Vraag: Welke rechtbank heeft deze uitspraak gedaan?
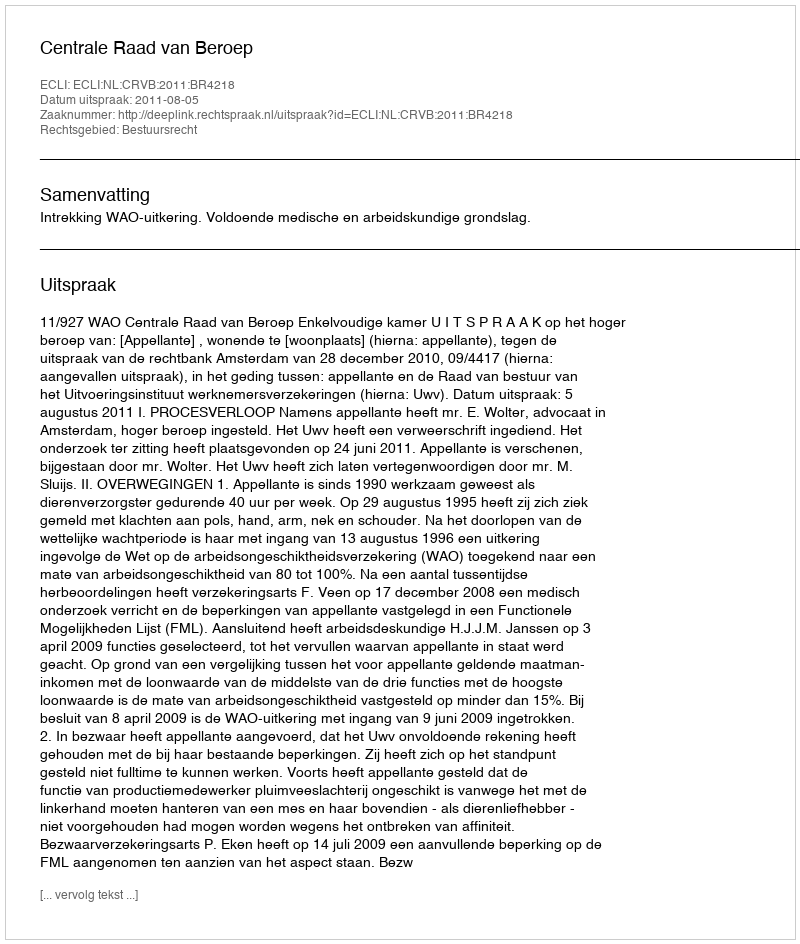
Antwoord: Centrale Raad van Beroep